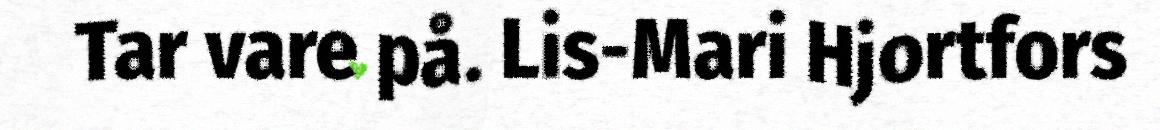
Tar vare på. Lis-Mari Hjortfors